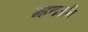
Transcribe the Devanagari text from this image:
म्हणउनि